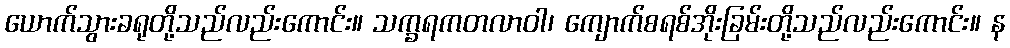
ယောက်သွားခရုတို့သည်လည်းကောင်း။ သက္ခရကတလာဝါ၊ ကျောက်စရစ်အိုးခြမ်းတို့သည်လည်းကောင်း။ န